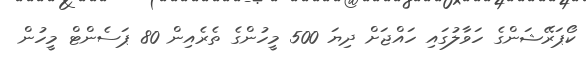
ކޯޕަރޭޝަންގެ ހަވާލުގައި ހައްޖަށް ދިޔަ 500 މީހުންގެ ތެރެއިން 80 ޕަސެންޓް މީހުން